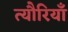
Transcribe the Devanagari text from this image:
त्यौरियाँ